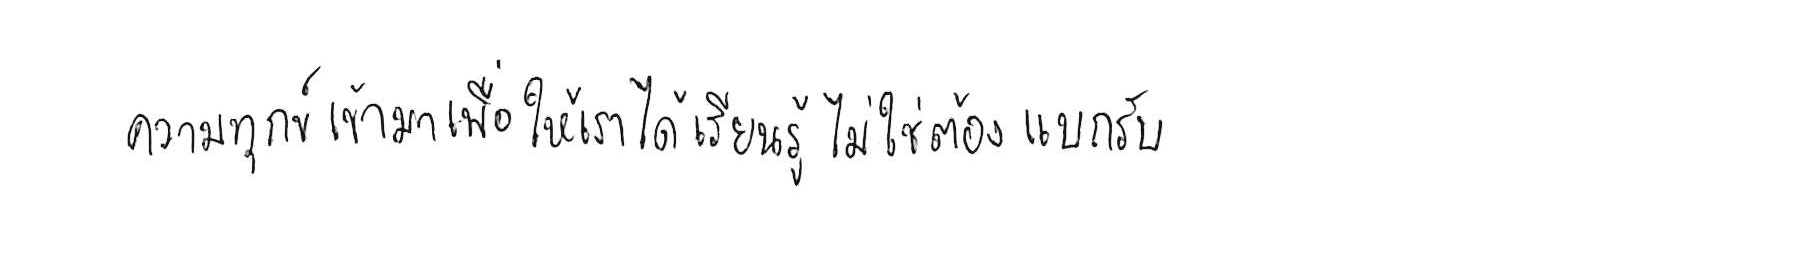
ความทุกข์ เข้ามาเพื่อให้เราได้ เรียนรู้ ไม่ใช่ต้อง แบกรับ